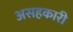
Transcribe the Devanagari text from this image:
असहकारी